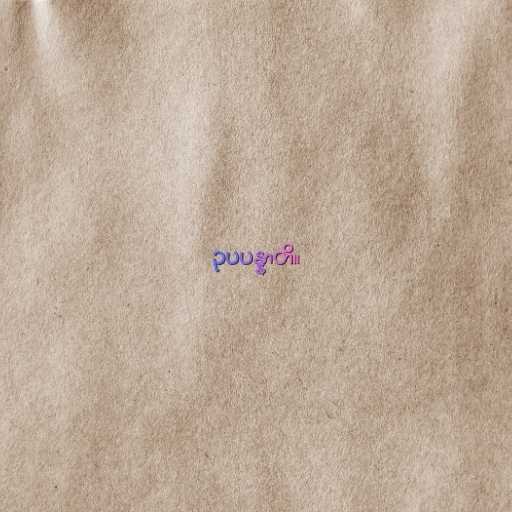
ဥပပန္နာတိ။